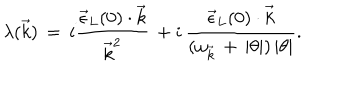
LaTeX: \lambda ( \vec { k } ) \, = \, i \frac { { \vec { \epsilon } } _ { L } ( 0 ) \cdot \vec { k } } { { \vec { k } } ^ { 2 } } \, + i \, \frac { { \vec { \epsilon } } _ { L } ( 0 ) \cdot \vec { k } } { ( \omega _ { \vec { k } } \, + \, | \theta | ) \, | \theta | } .